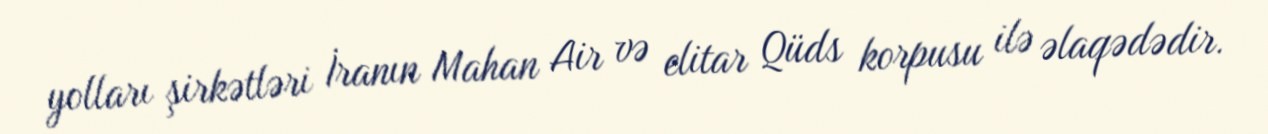
yolları şirkətləri İranın Mahan Air və elitar Qüds korpusu ilə əlaqədədir.